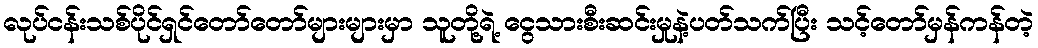
လုပ်ငန်းသစ်ပိုင်ရှင်တော်တော်များများမှာ သူတို့ရဲ့ ငွေသားစီးဆင်းမှုနဲ့ပတ်သက်ပြီး သင့်တော်မှန်ကန်တဲ့